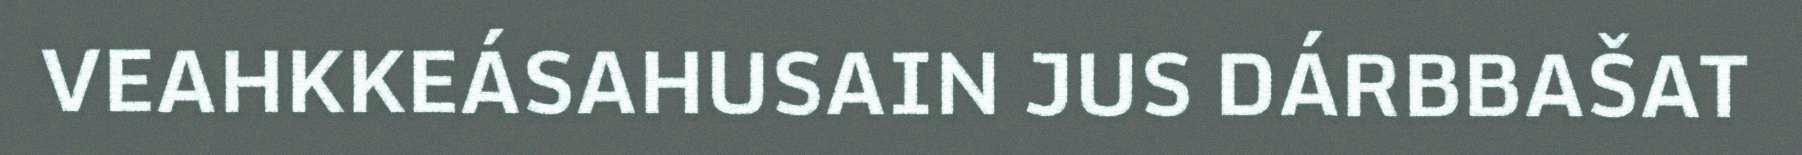
VEAHKKEÁSAHUSAIN JUS DÁRBBAŠAT